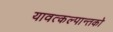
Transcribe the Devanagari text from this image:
यावत्कल्पान्तको